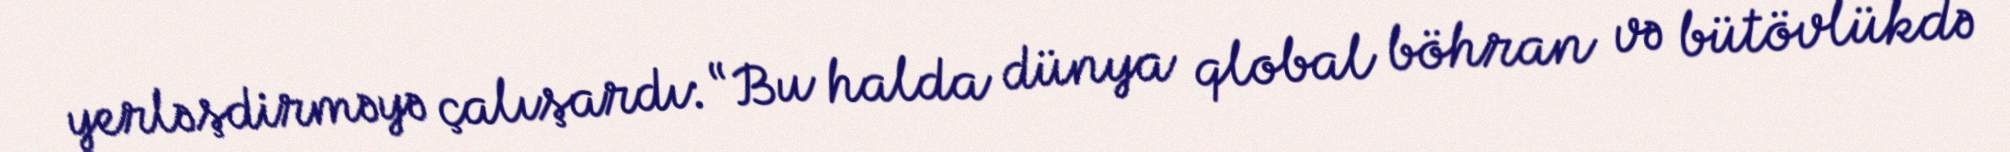
yerləşdirməyə çalışardı: “Bu halda dünya qlobal böhran və bütövlükdə